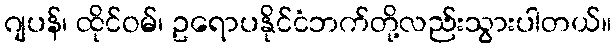
ဂျပန်၊ ထိုင်ဝမ်၊ ဥရောပနိုင်ငံဘက်တို့လည်းသွားပါတယ်။